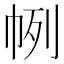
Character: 𢂥